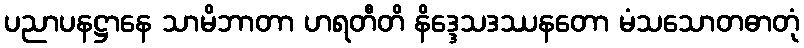
ပညာပနဋ္ဌာနေ သာမိဘာတာ ဟရတီတိ နိဒ္ဒေသဒဿနတော မံသသောတဓာတုံ